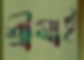
শ্রীমাই